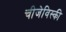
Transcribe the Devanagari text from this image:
चीजेविस्की